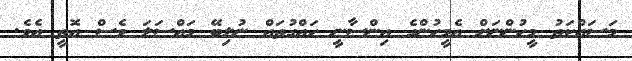
މަސައްކަތު މީހުންނަށް އެމީހުންގެ އިންސާނީ ހައްގުތައް ނުލިބޭ މައްސަލަ ވެސް އޮތީ އެވެ.